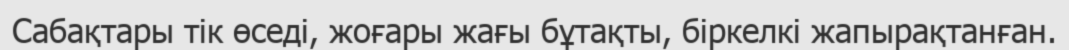
Сабақтары тік өседі, жоғары жағы бұтақты, біркелкі жапырақтанған.